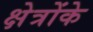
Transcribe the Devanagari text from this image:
क्षेत्रोंके